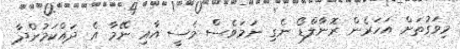
މިވަގުތަށް އަހަރެން ރޮނާލްޑޯ ނެގި ނަމަވެސް މެސީ އާއި ނޭމާ އެ ދައްކަމުންދާ